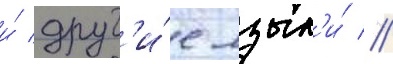
и́ друг'и́е язык'и́ //